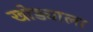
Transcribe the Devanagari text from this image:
खोड्याला